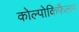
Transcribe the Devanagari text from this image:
कोल्पोकिफैलम